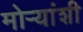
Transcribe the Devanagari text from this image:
मोर्‍यांशी